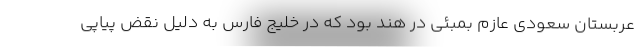
عربستان سعودی عازم بمبئی در هند بود که در خلیج فارس به دلیل نقض پیاپی